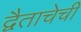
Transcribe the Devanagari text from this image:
द्वैताचेची